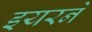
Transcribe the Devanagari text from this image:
इयरने